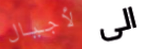
لأجيال الى